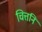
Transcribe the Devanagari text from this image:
चित्तनि